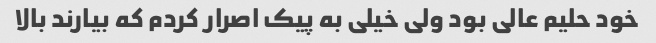
خود حلیم عالی بود ولی خیلی به پیک اصرار کردم که بیارند بالا